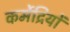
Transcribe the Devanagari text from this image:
कर्मेद्रियों